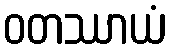
ဝတဿာယံ